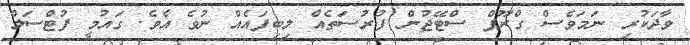
ވާދަކުރި ނަމަވެސް ގްރޫޕް ސްޓޭޖުން ފުރުސަތެއް ލިބިފައެއް ނުވެ އެވެ. ގައުމީ ފުޓްސަލް